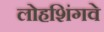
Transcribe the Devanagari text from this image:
लोहशिंगवे